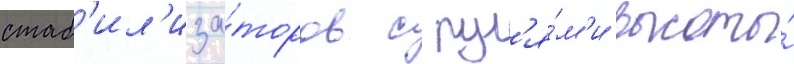
стаб'ил'иза́торов с рул'я́м'и высоты́